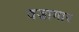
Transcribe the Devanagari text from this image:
वज्रागार